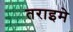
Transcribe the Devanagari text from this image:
तराइमे